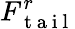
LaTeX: F_{\mathrm{~t~a~i~l~}}^{r}